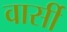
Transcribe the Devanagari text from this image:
वार्सी